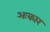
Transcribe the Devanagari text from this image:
अःकार